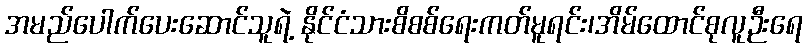
အမည်ပေါက်ပေးဆောင်သူရဲ့ နိုင်ငံသားစိစစ်ရေးကတ်မူရင်း၊အိမ်ထောင်စုလူဉီးရေ